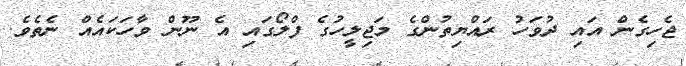
ޖެހިގެން އައި ދުވަހު ރައްޔިތުންގެ މަޖިލީހުގެ ފްލޯގައި އެ ނޫން ވާހަކައެއް ނެތެވެ.